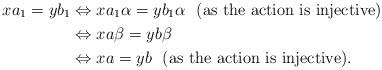
LaTeX: \begin{align*} xa_{1}=yb_{1} & \Leftrightarrow xa_{1}\alpha=yb_{1}\alpha ~~(\textrm{as the action is injective})\\ & \Leftrightarrow xa \beta = yb \beta \\ & \Leftrightarrow xa=yb~~(\textrm{as the action is injective}).\end{align*}